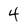
Character: 4